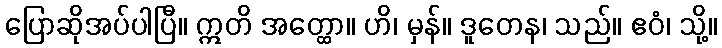
ပြောဆိုအပ်ပါပြီ။ ဣတိ အတ္ထော။ ဟိ၊ မှန်။ ဒူတေန၊ သည်။ ဧဝံ၊ သို့။